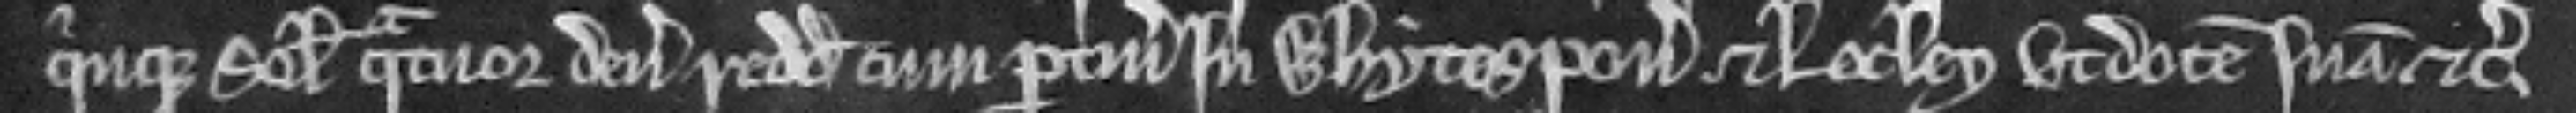
quinque solidorum et quatuor denariorum redditus cum pertinenciis in Whytespon et Locley ut dotem suam etc.